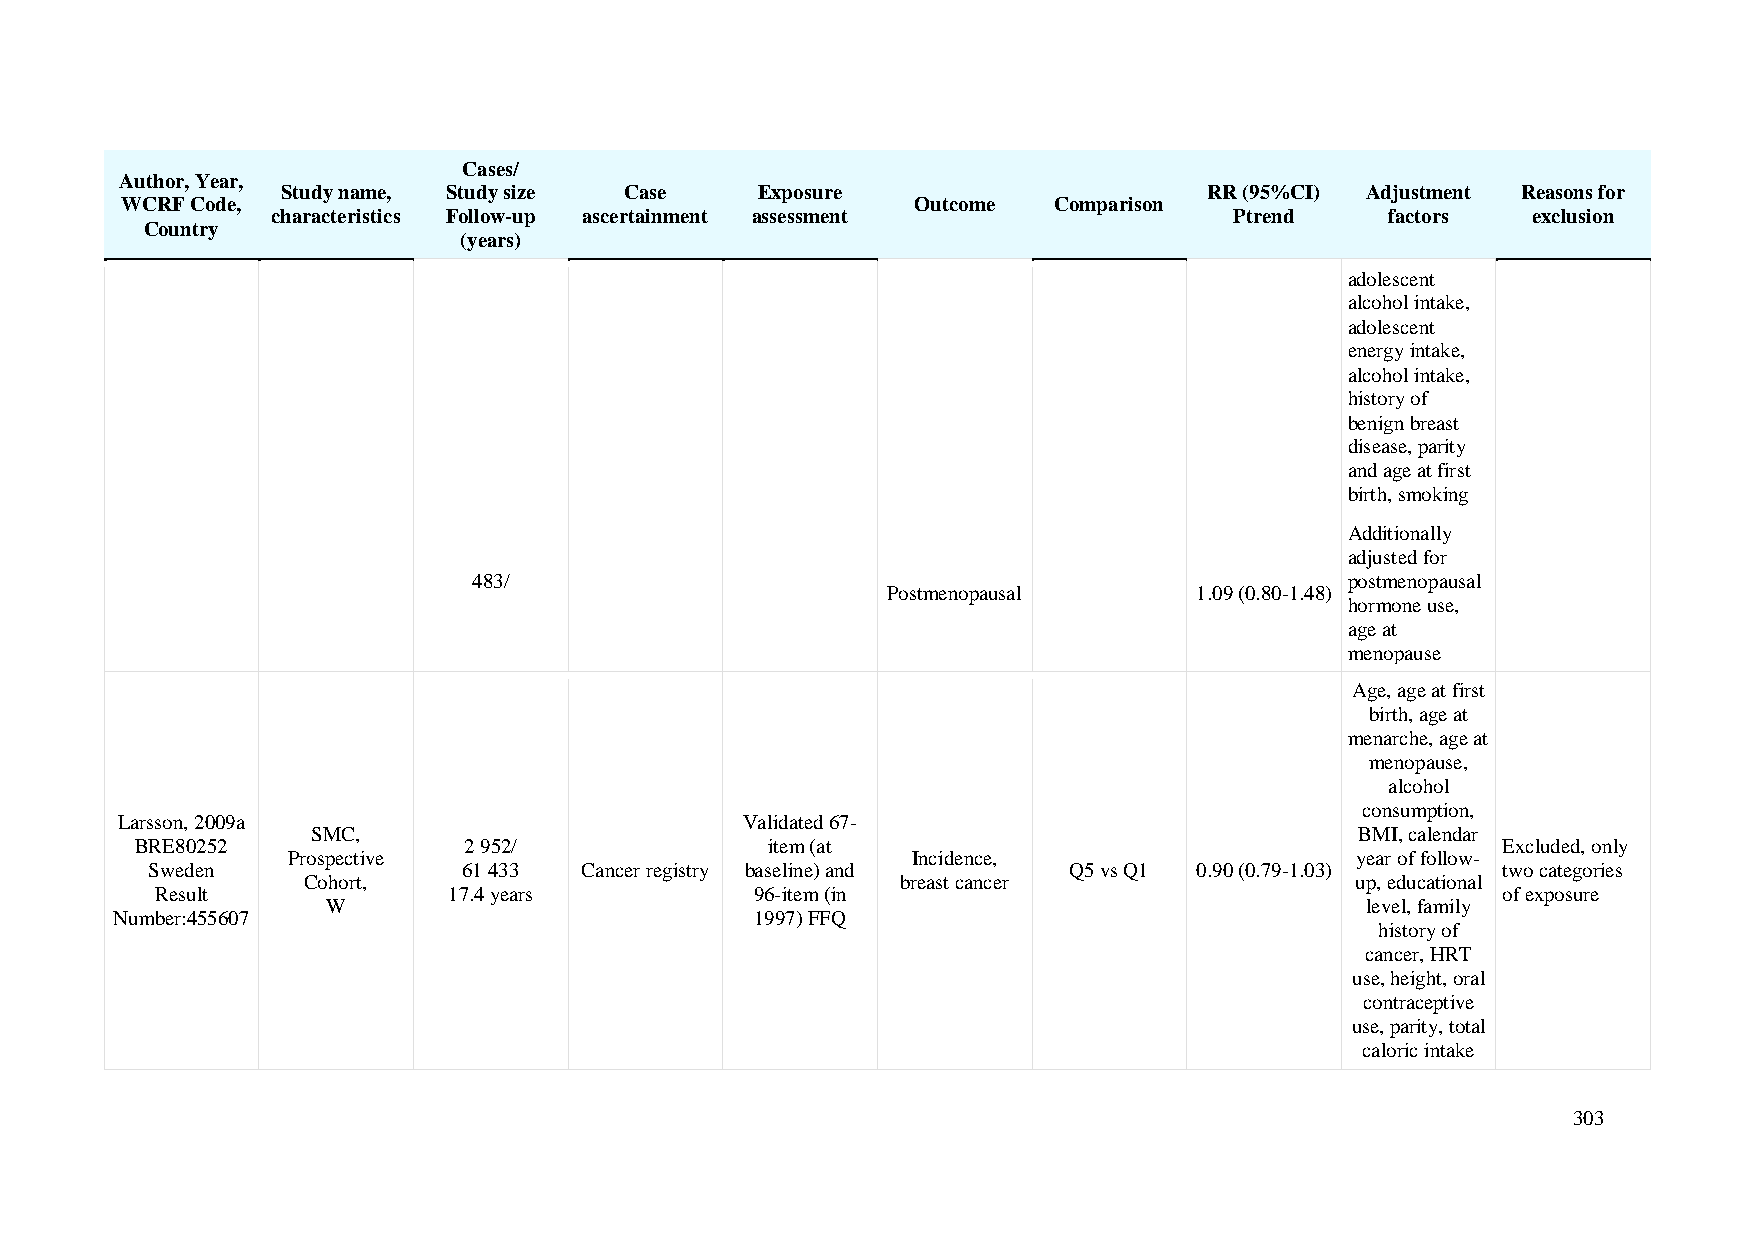
Cases/
 Author, Year,
 Study name, Study size Case    Exposure                      RR (95%CI) Adjustment Reasons for
 WCRF Code,                                           Outcome  Comparison
 characteristics Follow-up ascertainment assessment              Ptrend    factors  exclusion
 Country
 (years)
 adolescent
 alcohol intake,
 adolescent
 energy intake,
 alcohol intake,
 history of
 benign breast
 disease, parity
 and age at first
 birth, smoking
 Additionally
 adjusted for
 483/                                                      postmenopausal
 Postmenopausal      1.09 (0.80-1.48)
 hormone use,
 age at
 menopause
 Age, age at first
 birth, age at
 menarche, age at
 menopause,
 alcohol
 consumption,
 Larsson, 2009a                           Validated 67-
 SMC,                                                                 BMI, calendar
 BRE80252              2 952/              item (at                                        Excluded, only
 Prospective                              Incidence,                    year of follow-
 Sweden               61 433 Cancer registry baseline) and    Q5 vs Q1 0.90 (0.79-1.03)   two categories
 Cohort,                                 breast cancer                 up, educational
 Result              17.4 years          96-item (in                                      of exposure
 W                                                                   level, family
 Number:455607                              1997) FFQ
 history of
 cancer, HRT
 use, height, oral
 contraceptive
 use, parity, total
 caloric intake
 303